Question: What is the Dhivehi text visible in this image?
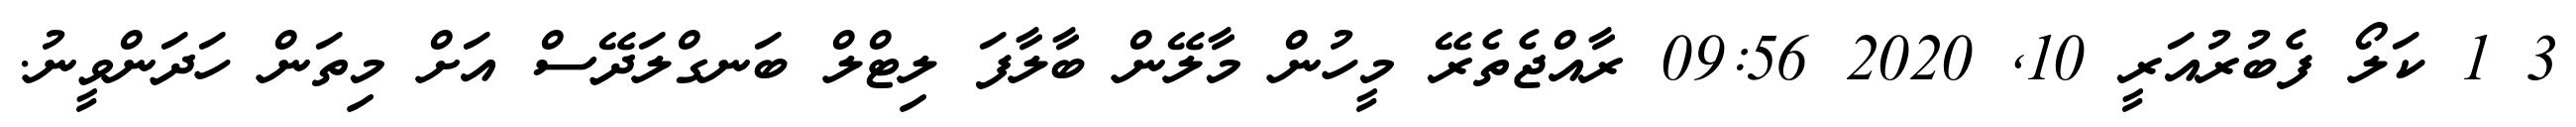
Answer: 3 1 ކަލޯ ފެބުރުއަރީ 10, 2020 09:56 ރާއްޖެތެރޭ މީހުން މާލޭން ބާލާފަ ލިޓްލް ބަނގްލަދޭސް އަށް މިތަން ހަދަންވީނު.